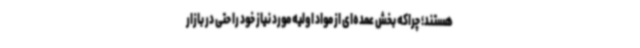
هستند؛ چراکه بخش عمده‌ای از مواد اولیه مورد نیاز خود را حتی در بازار